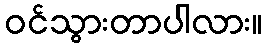
ဝင်သွားတာပါလား။